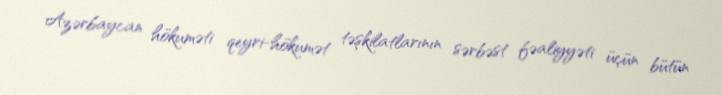
Azərbaycan hökuməti qeyri-hökumət təşkilatlarının sərbəst fəaliyyəti üçün bütün